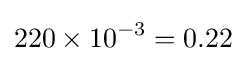
220\times 10^{-3}=0.22